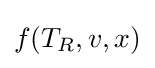
f(T_{R},v,x)